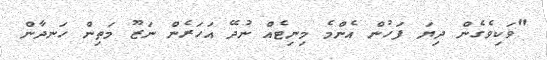
"ވަކިވެގެން ދިޔަ ފަހުން އެންމެ މިނިޓެއް ނުދޭ އަހަރެން ނަޒޫ މަތިން ހަނދާން